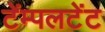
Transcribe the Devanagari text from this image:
टेंम्पलटेंट